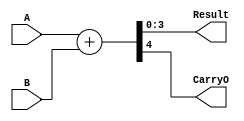
`timescale 1ns / 1ps

//------------------------------------------------
module ADDER # (parameter SIZE= 4)
   (
    input wire [SIZE-1:0]  A,
    input wire [SIZE-1:0]  B,
    output wire [SIZE-1:0] Result,
    output wire 	   CarryO
    );

   assign {CarryO, Result} = A + B;

endmodule // ADDER


//------------------------------------------------
module MULT_MUX # (parameter ASIZE= 4) 
   (
    input wire [ASIZE-1:0] A,
    input wire [1:0] 	   B,
    output reg [ASIZE+1:0] Result
    );

   always @ (*)
      begin
	 case (B)
	    2'b00: Result = 0;
	    2'b01: Result = A;
	    2'b10: Result = {A, 1'b0};
	    2'b11: Result = {A, 1'b0} + A;
	 endcase
      end

endmodule // MULT_MUX


//----------------------------------------------------
module IMUL1_LOGIC4
   (	
	input wire [3:0]  A,
	input wire [3:0]  B,
	output wire [7:0] Result
	);

   wire [3:0] 		  wSumOp0 [2:0];
   wire [3:0] 		  wSumOp1 [2:0];

   wire [3:0] 		  wAddResult [2:0];
   wire 		  wCarryOut [2:0];


   assign wSumOp0[0] = { 1'b0 ,  A[3]&B[0], A[2]&B[0], A[1]&B[0]};
   assign wSumOp1[0] = { A[3]&B[1],  A[2]&B[1], A[1]&B[1], A[0]&B[1]};

   assign wSumOp0[1] = { wCarryOut[0] ,  wAddResult[0][3:1]};
   assign wSumOp1[1] = { A[3]&B[2],  A[2]&B[2], A[1]&B[2], A[0]&B[2]};

   assign wSumOp0[2] = { wCarryOut[1] ,  wAddResult[1][3:1]};
   assign wSumOp1[2] = { A[3]&B[3],  A[2]&B[3], A[1]&B[3], A[0]&B[3]};


   ADDER # (4) SUM1 (.A(wSumOp0[0]), .B(wSumOp1[0]), .Result(wAddResult[0]), .CarryO(wCarryOut[0]));
   ADDER # (4) SUM2 (.A(wSumOp0[1]), .B(wSumOp1[1]), .Result(wAddResult[1]), .CarryO(wCarryOut[1]));
   ADDER # (4) SUM3 (.A(wSumOp0[2]), .B(wSumOp1[2]), .Result(wAddResult[2]), .CarryO(wCarryOut[2]));

   assign Result = {wCarryOut[2], wAddResult[2], wAddResult[1][0], wAddResult[0][0], A[0]&B[0]};

endmodule // IMUL1_LOGIC4


//----------------------------------------------------
module IMUL1_LOGIC #(parameter SIZE = 16)
   (	
	input wire [SIZE-1:0] 	   A,
	input wire [SIZE-1:0] 	   B,
	output wire [(2*SIZE)-1:0] Result
	);

   wire [SIZE-1:0] 		   wSumOp0 [SIZE-2:0];
   wire [SIZE-1:0] 		   wSumOp1 [SIZE-2:0];

   wire [SIZE-1:0] 		   wAddResult [SIZE-2:0];
   wire [SIZE-2:0] 		   wCarryOut;

   
   
   //---------------------------------
   genvar 			   i,j;
   generate
      //Entradas del 1er sumador
      assign wSumOp0[0][SIZE-1] = 0;
      assign wSumOp1[0][SIZE-1]  = A[SIZE-1] & B[1];

      for (i = 0; i < SIZE-1; i = i + 1)
	 begin: ANDMAT
	    assign wSumOp0[0][i] = A[i+1] & B[0];
	    assign wSumOp1[0][i] = A[i] & B[1];
	 end

      //Primer operando dems sumadores
      for (i = 1; i < SIZE-1; i = i + 1) 
	 begin: WSUMOP0
	    assign wSumOp0[i] = {wCarryOut[i-1], wAddResult[i-1][(SIZE-1):1]};
	 end
      
      //Segundo operando dems sumadores
      for (i = 1; i < SIZE-1; i = i + 1)
	 begin: WSUMOP1I
	    for (j = 0; j < SIZE; j = j + 1)
	       begin: WSUMOP1J
		  assign wSumOp1[i][j] = A[j] & B[i+1];
	       end
	 end
      
      //Instancias de los sumadores
      for (i = 0; i < SIZE-1; i = i + 1) 
	 begin: ADD
	    ADDER #(SIZE) add 
	       (
		.A(wSumOp0[i]), 
		.B(wSumOp1[i]), 
		.Result(wAddResult[i]), 
		.CarryO(wCarryOut[i])
		);
	 end
      
      //Construccin del resultado
      assign Result[0] = A[0] & B[0]; 
      assign Result[(2*(SIZE-1)):(SIZE-1)] = wAddResult[SIZE-2];
      assign Result[(2*SIZE)-1] = wCarryOut[SIZE-2];
      
      for (i = 1; i < SIZE-1; i = i + 1) 
	 begin: RESULT
	    assign Result[i] = wAddResult[i-1][0];
	 end
      
   endgenerate
   //---------------------------------

endmodule // IMUL1_LOGIC


//----------------------------------------------------
module IMUL2_LOGIC4
   (
    input wire [3:0]  A,
    input wire [3:0]  B,
    output wire [7:0] Result
    );
   wire [5:0] 	      wMultResult0, wMultResult1;
   wire [5:0] 	      wSumOp0, wSumOp1, wAddResult;
   wire 	      wCarryOut;
   
   MULT_MUX #(4) mux0 
      (
       .A(A), 
       .B(B[1:0]), 
       .Result(wMultResult0)
       );
   
   MULT_MUX #(4) mux1 
      (
       .A(A), 
       .B(B[3:2]), 
       .Result(wMultResult1)
       );

   assign wSumOp0 = {2'b0,wMultResult0[5:2]};
   assign wSumOp1 = wMultResult1;
   assign Result = {wAddResult,wMultResult0[1:0]};
   
   ADDER #(6) add0 
      (
       .A(wSumOp0), 
       .B(wSumOp1), 
       .Result(wAddResult), 
       .CarryO(wCarryOut)
       );

endmodule // IMUL2_LOGIC4


//----------------------------------------------------
module IMUL2_LOGIC #(parameter SIZE = 16)
   (	
	input wire [SIZE-1:0] 	   A,
	input wire [SIZE-1:0] 	   B,
	output wire [(2*SIZE)-1:0] Result
	);

   wire [SIZE+1:0] 		   wMultResult [(SIZE/2)-1:0];
   
   wire [SIZE+1:0] 		   wSumOp0 [(SIZE/2)-2:0];
   wire [SIZE+1:0] 		   wSumOp1 [(SIZE/2)-2:0];

   wire [SIZE+1:0] 		   wAddResult [(SIZE/2)-2:0];
   wire [(SIZE/2)-2:0] 		   wCarryOut;


   //---------------------------------   
   genvar 			   i;
   generate
      //Resultados MULT
      for (i = 0; i < (SIZE/2); i = i + 1)
	 begin: MULTMAT
	    MULT_MUX #(SIZE) mult_mux 
	       (
		.A(A), 
		.B(B[(2*i)+:2]), 
		.Result(wMultResult[i])
		);
	 end

      //Operandos primer sumador
      assign wSumOp0[0] = {2'b0, wMultResult[0][SIZE+1:2]};
      assign wSumOp1[0] = wMultResult[1];			  
      
      //Operandos dems sumadores
      for (i = 1; i < (SIZE/2)-1; i = i + 1)
	 begin: SUMOP
	    assign wSumOp0[i] = {1'b0, wCarryOut[i-1], wAddResult[i-1][SIZE+1:2]};
	    assign wSumOp1[i] = wMultResult[i+1];
	 end
      
      //Instancias de los sumadores
      for (i = 0; i < (SIZE/2)-1; i = i + 1) 
	 begin: ADD
	    ADDER #(SIZE+2) add
	       (
		.A(wSumOp0[i]), 
		.B(wSumOp1[i]), 
		.Result(wAddResult[i]), 
		.CarryO(wCarryOut[i])
		);
	 end

      //Construccin del resultado
      assign Result[1:0] = wMultResult[0][1:0]; 
      assign Result[(2*SIZE-1):(SIZE-2)] = wAddResult[(SIZE/2)-2];
      
      for (i = 1; i < (SIZE/2)-1; i = i + 1) 
	 begin: RESULT
	    assign Result[(2*i)+:2] = wAddResult[i-1][1:0];
	 end
      
   endgenerate


endmodule // IMUL2_LOGIC